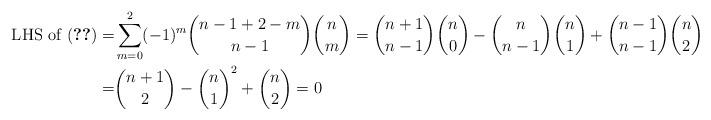
LaTeX: \begin{align*} \text{ LHS of (\ref{eqn:final})} =& \sum_{m=0}^2 (-1)^m \binom{n-1 + 2-m}{n-1} \binom{n}{m} = \binom{n+1}{n-1} \binom{n}{0} - \binom{n}{n-1} \binom{n}{1} + \binom{n-1}{n-1} \binom{n}{2} \\ = & \binom{n+1}{2} - \binom{n}{1}^2 + \binom{n}{2} = 0 \end{align*}